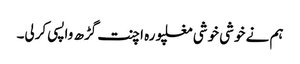
ہم نے خوشی خوشی مغلپورہ اچنت گڑھ واپسی کرلی۔